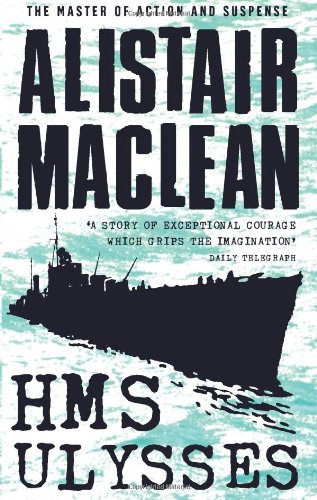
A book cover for HMS Ulysses; Alistair MacLean; Literature & Fiction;